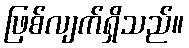
ဖြစ်လျက်ရှိသည်။